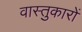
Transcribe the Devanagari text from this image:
वास्‍तुकारों